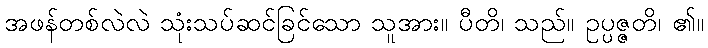
အဖန်တစ်လဲလဲ သုံးသပ်ဆင်ခြင်သော သူအား။ ပီတိ၊ သည်။ ဥပ္ပဇ္ဇတိ၊ ၏။